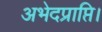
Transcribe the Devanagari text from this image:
अभेदप्राप्ति।